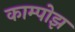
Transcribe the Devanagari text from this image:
काम्पोझ